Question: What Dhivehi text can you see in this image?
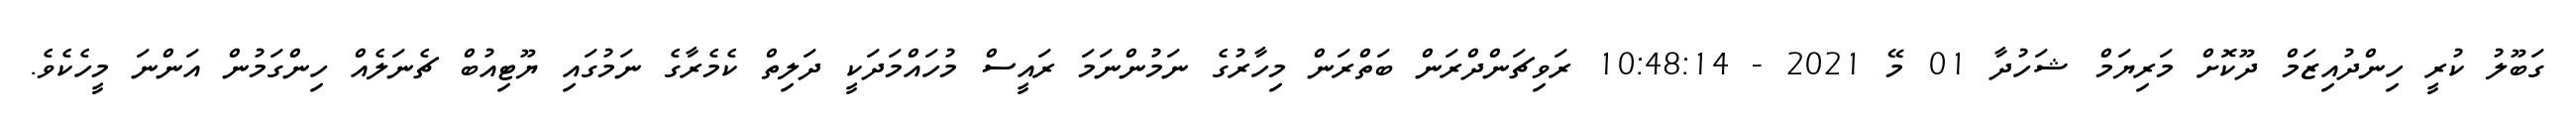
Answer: ގަބޫލު ކުރީ ހިންދުއިޒަމް ދޫކޮށް މަރިޔަމް ޝަހުދާ 01 މޭ 2021 - 10:48:14 ރަވިޗަންދްރަން ބަތްރަން މިހާރުގެ ނަމުންނަމަ ރައީސް މުހައްމަދަކީ ދަލިތް ކެމެރާގެ ނަމުގައި ޔޫޓިއުބް ޗެނަލެއް ހިންގަމުން އަންނަ މީހެކެވެ.